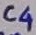
Text: C4